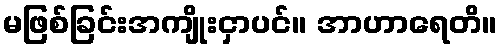
မဖြစ်ခြင်းအကျိုးငှာပင်။ အာဟာရေတိ။